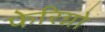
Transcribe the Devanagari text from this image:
फेरिग्नो